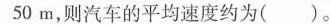
50m，则汽车的平均速度约为()。